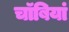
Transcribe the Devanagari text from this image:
चॉबियां